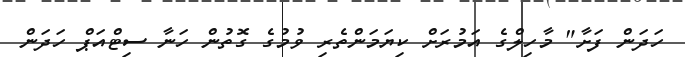
ހަދަން ފަށާ" މާހިލްގެ އަމުރަށް ކިޔަމަންތެރި ވުމުގެ ގޮތުން ހަނާ ސިޓްއަޕް ހަދަން